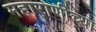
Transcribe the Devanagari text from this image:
महाराणीच्या